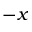
- x